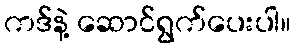
ကဒ်နဲ့ ဆောင်ရွက်ပေးပါ။